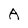
Character: A